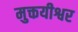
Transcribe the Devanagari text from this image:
मुक्तयीश्वर